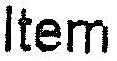
ITEM